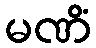
မဏိံ